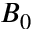
B _ { 0 }